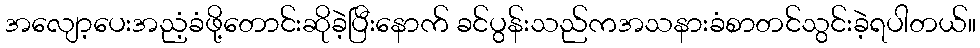
အလျော့ပေးအညံ့ခံဖို့တောင်းဆိုခဲ့ပြီးနောက် ခင်ပွန်းသည်ကအသနားခံစာတင်သွင်းခဲ့ရပါတယ်။